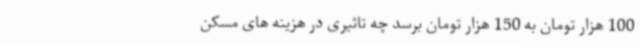
100 هزار تومان به 150 هزار تومان برسد چه تاثیری در هزینه های مسکن